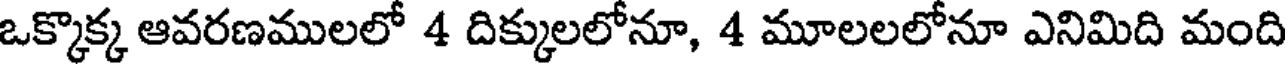
ఒక్కొక్క ఆవరణములలో 4 దిక్కులలోనూ, 4 మూలలలోనూ ఎనిమిది మంది